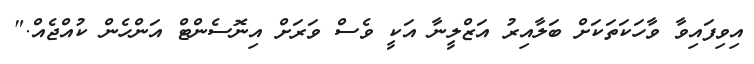
އިވިފައިވާ ވާހަކަތަކަށް ބަލާއިރު އަޒްލީނާ އަކީ ވެސް ވަރަށް އިނޮސެންޓް އަންހެން ކުއްޖެއް."